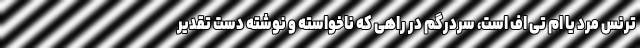
ترنس مرد یا ام تی اف است، سردرگم در راهی که ناخواسته و نوشته دست تقدیر